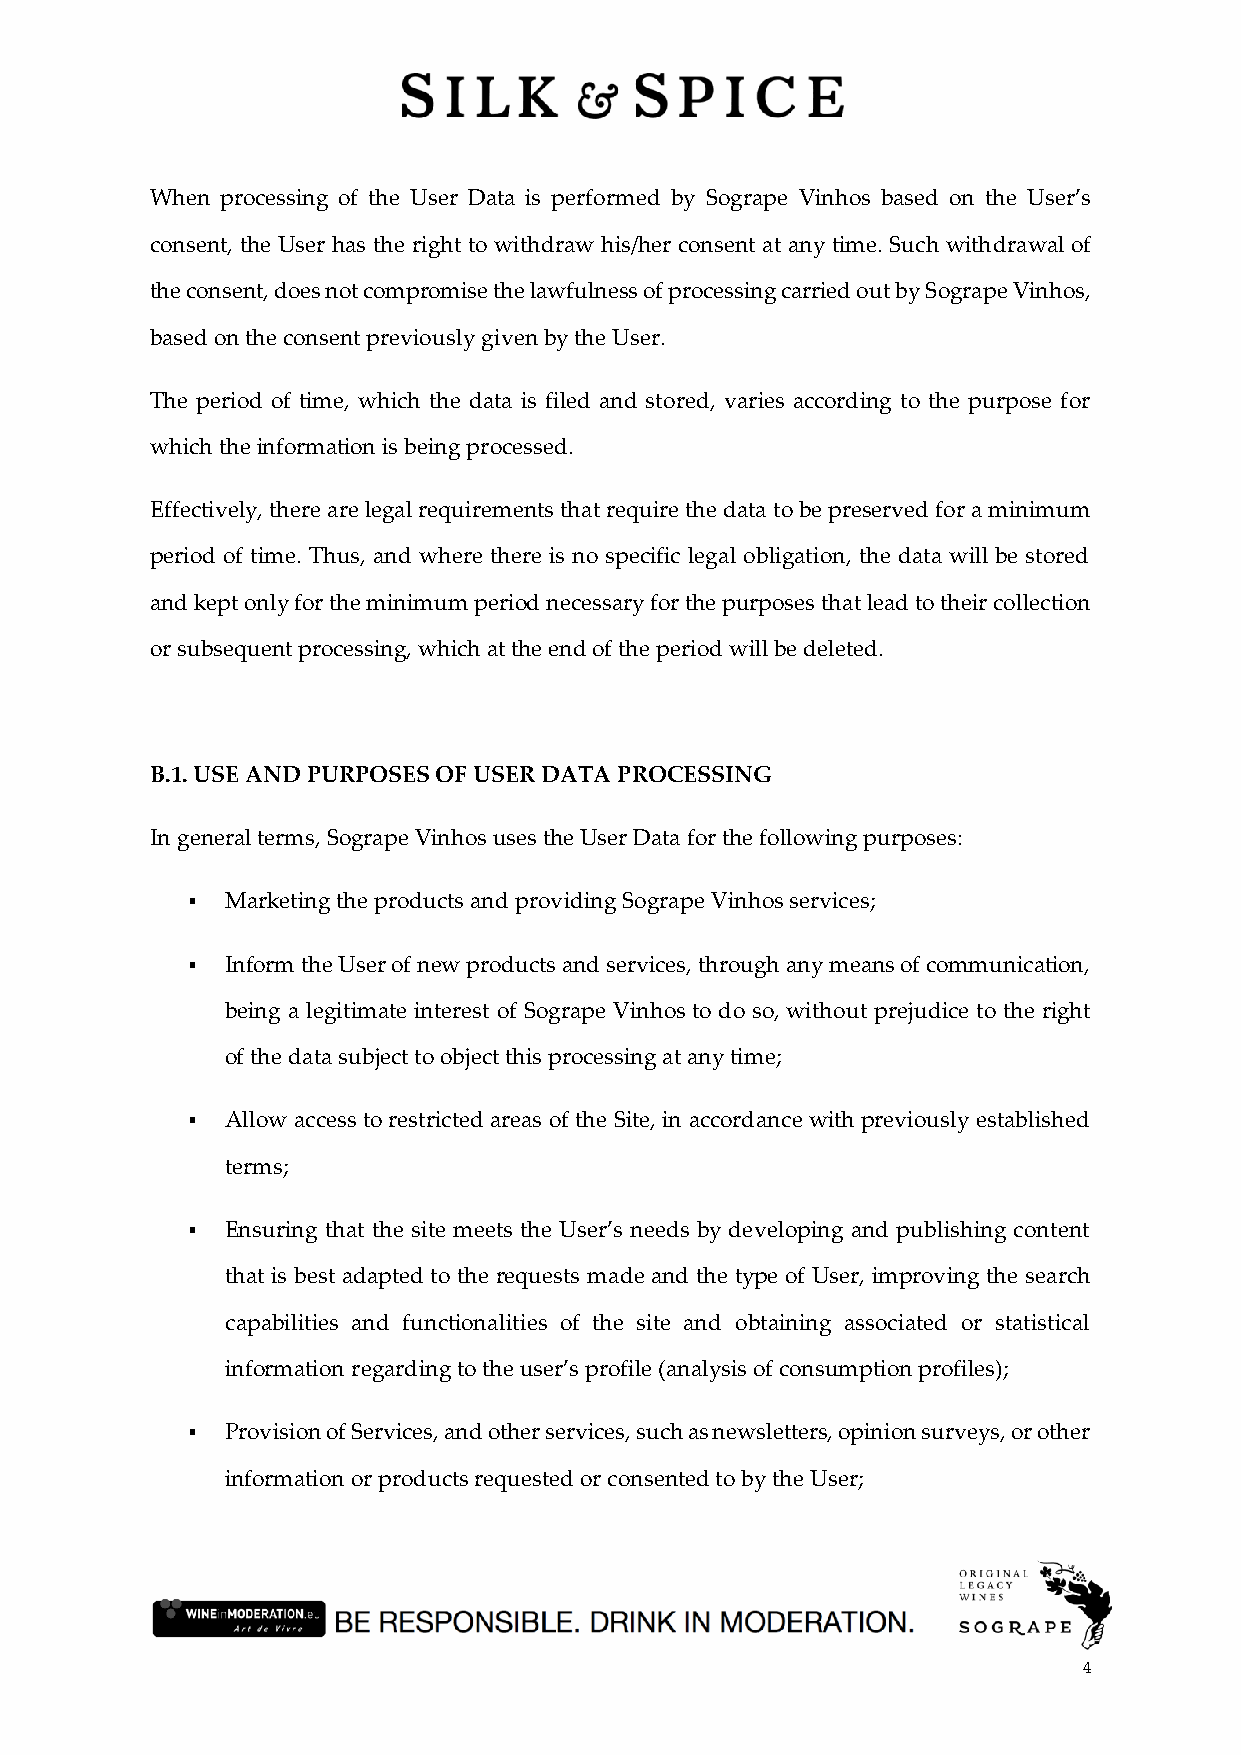
When processing of the User Data is performed by Sogrape Vinhos based on the User’s
 consent, the User has the right to withdraw his/her consent at any time. Such withdrawal of
 the consent, does not compromise the lawfulness of processing carried out by Sogrape Vinhos,
 based on the consent previously given by the User.
 The period of time, which the data is filed and stored, varies according to the purpose for
 which the information is being processed.
 Effectively, there are legal requirements that require the data to be preserved for a minimum
 period of time. Thus, and where there is no specific legal obligation, the data will be stored
 and kept only for the minimum period necessary for the purposes that lead to their collection
 or subsequent processing, which at the end of the period will be deleted.
 B.1. USE AND PURPOSES OF USER DATA PROCESSING
 In general terms, Sogrape Vinhos uses the User Data for the following purposes:
 ▪  Marketing the products and providing Sogrape Vinhos services;
 ▪  Inform the User of new products and services, through any means of communication,
 being a legitimate interest of Sogrape Vinhos to do so, without prejudice to the right
 of the data subject to object this processing at any time;
 ▪  Allow access to restricted areas of the Site, in accordance with previously established
 terms;
 ▪  Ensuring that the site meets the User’s needs by developing and publishing content
 that is best adapted to the requests made and the type of User, improving the search
 capabilities and functionalities of the site and obtaining associated or statistical
 information regarding to the user’s profile (analysis of consumption profiles);
 ▪  Provision of Services, and other services, such as newsletters, opinion surveys, or other
 information or products requested or consented to by the User;
 4